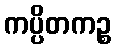
ကပ္ပိတကဉ္စ